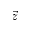
\vec { z }